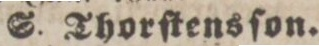
S. Thorſtensſon.